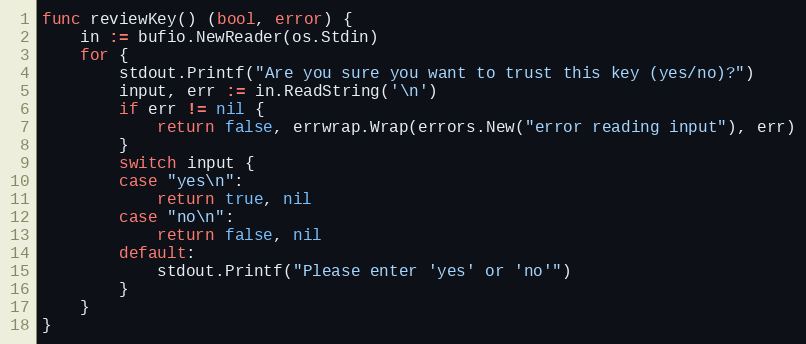
Language: Go
func reviewKey() (bool, error) {
	in := bufio.NewReader(os.Stdin)
	for {
		stdout.Printf("Are you sure you want to trust this key (yes/no)?")
		input, err := in.ReadString('\n')
		if err != nil {
			return false, errwrap.Wrap(errors.New("error reading input"), err)
		}
		switch input {
		case "yes\n":
			return true, nil
		case "no\n":
			return false, nil
		default:
			stdout.Printf("Please enter 'yes' or 'no'")
		}
	}
}